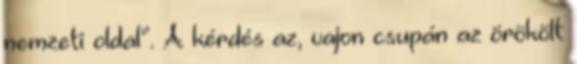
nemzeti oldal”. A kérdés az, vajon csupán az örökölt